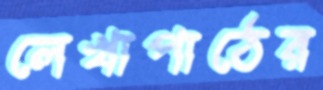
লেখাপাঠের